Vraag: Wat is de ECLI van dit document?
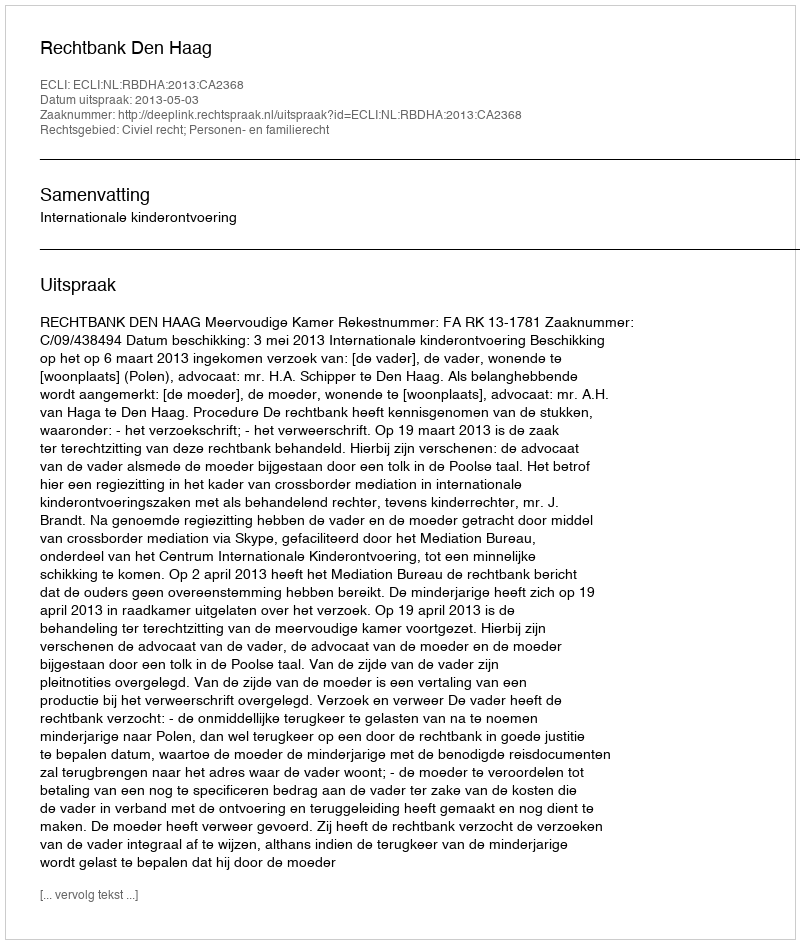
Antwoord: ECLI:NL:RBDHA:2013:CA2368